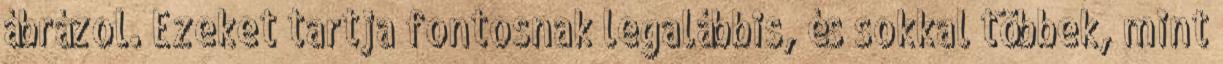
ábrázol. Ezeket tartja fontosnak legalábbis, és sokkal többek, mint